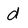
Character: d